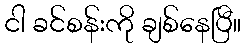
ငါ ခင်စန်းကို ချစ်နေပြီ။